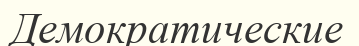
Демократические